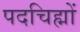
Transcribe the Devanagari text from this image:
पदचिह्मों